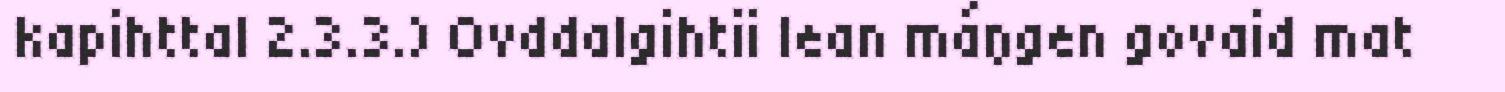
kapihttal 2.3.3.) Ovddalgihtii lean máŋgen govaid mat